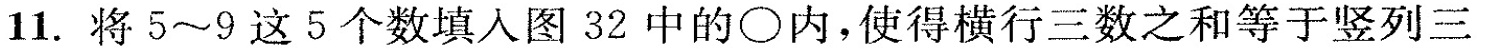
11.将5~9这5个数填入图32中的\circ内，使得横行三数之和等于竖列三